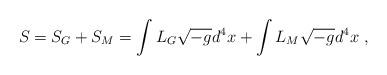
LaTeX: \begin{align*}S=S_G+S_M=\int L_G \sqrt{-g} d^4x + \int L_M \sqrt{-g} d^4x\ , \end{align*}